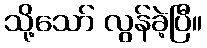
သို့သော် လွန်ခဲ့ပြီ။